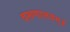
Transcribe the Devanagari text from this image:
वरूणालयम्॥